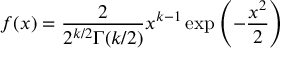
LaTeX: f ( x ) = { \frac { 2 } { 2 ^ { k / 2 } \Gamma ( k / 2 ) } } x ^ { k - 1 } \exp \left( - { \frac { x ^ { 2 } } { 2 } } \right)